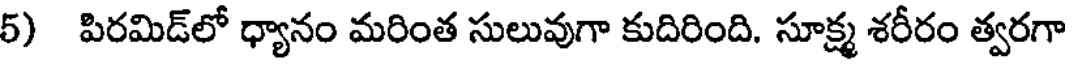
5) పిరమిడ్లో ధ్యానం మరింత సులువుగా కుదిరింది. సూక్ష్మ శరీరం త్వరగా